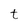
Character: t